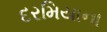
દરમિયાના